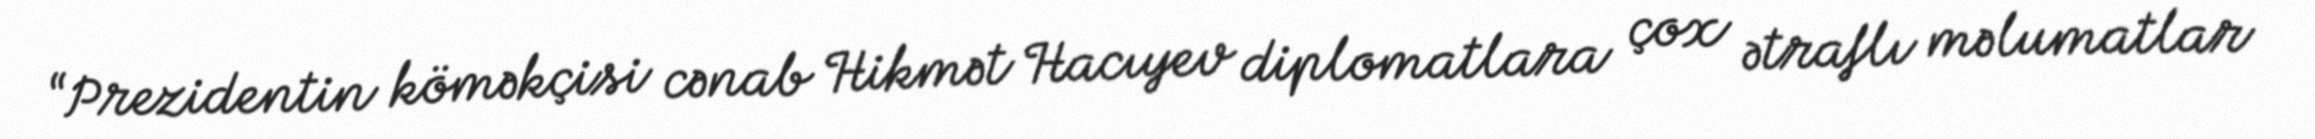
“Prezidentin köməkçisi cənab Hikmət Hacıyev diplomatlara çox ətraflı məlumatlar